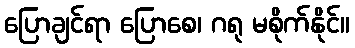
ပြောချင်ရာ ပြောစေ၊ ဂရု မစိုက်နိုင်။